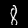
Label: 8